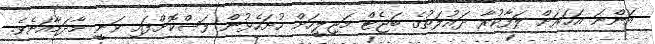
އަންނަ އަހަރަށް ލަފާކުރާ ދައުލަތުގެ ބަޖެޓް މަޖިލީހަށް ހުށަހެޅުން ފަސްކޮށްފައި ވަނީ މާދަމާއަށެވެ.